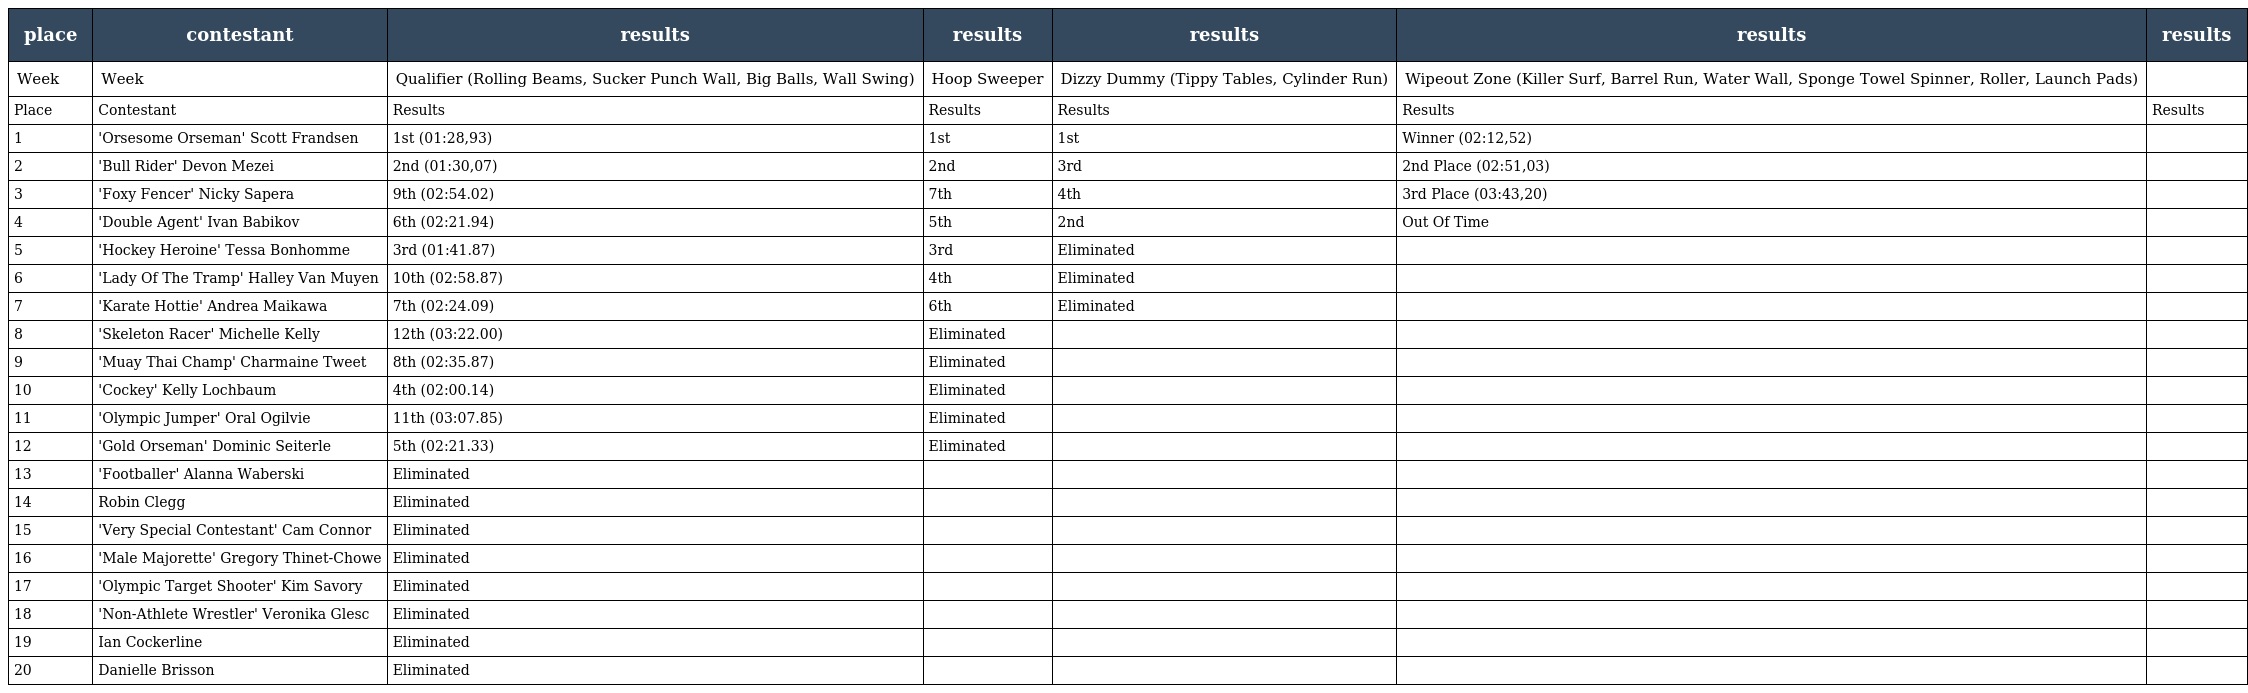
| place | contestant | results | results | results | results | results |
 | --- | --- | --- | --- | --- | --- | --- |
 | Week | Week | Qualifier (Rolling Beams, Sucker Punch Wall, Big Balls, Wall Swing) | Hoop Sweeper | Dizzy Dummy (Tippy Tables, Cylinder Run) | Wipeout Zone (Killer Surf, Barrel Run, Water Wall, Sponge Towel Spinner, Roller, Launch Pads) |  |
 | Place | Contestant | Results | Results | Results | Results | Results |
 | 1 | 'Orsesome Orseman' Scott Frandsen | 1st (01:28,93) | 1st | 1st | Winner (02:12,52) |  |
 | 2 | 'Bull Rider' Devon Mezei | 2nd (01:30,07) | 2nd | 3rd | 2nd Place (02:51,03) |  |
 | 3 | 'Foxy Fencer' Nicky Sapera | 9th (02:54.02) | 7th | 4th | 3rd Place (03:43,20) |  |
 | 4 | 'Double Agent' Ivan Babikov | 6th (02:21.94) | 5th | 2nd | Out Of Time |  |
 | 5 | 'Hockey Heroine' Tessa Bonhomme | 3rd (01:41.87) | 3rd | Eliminated |  |  |
 | 6 | 'Lady Of The Tramp' Halley Van Muyen | 10th (02:58.87) | 4th | Eliminated |  |  |
 | 7 | 'Karate Hottie' Andrea Maikawa | 7th (02:24.09) | 6th | Eliminated |  |  |
 | 8 | 'Skeleton Racer' Michelle Kelly | 12th (03:22.00) | Eliminated |  |  |  |
 | 9 | 'Muay Thai Champ' Charmaine Tweet | 8th (02:35.87) | Eliminated |  |  |  |
 | 10 | 'Cockey' Kelly Lochbaum | 4th (02:00.14) | Eliminated |  |  |  |
 | 11 | 'Olympic Jumper' Oral Ogilvie | 11th (03:07.85) | Eliminated |  |  |  |
 | 12 | 'Gold Orseman' Dominic Seiterle | 5th (02:21.33) | Eliminated |  |  |  |
 | 13 | 'Footballer' Alanna Waberski | Eliminated |  |  |  |  |
 | 14 | Robin Clegg | Eliminated |  |  |  |  |
 | 15 | 'Very Special Contestant' Cam Connor | Eliminated |  |  |  |  |
 | 16 | 'Male Majorette' Gregory Thinet-Chowe | Eliminated |  |  |  |  |
 | 17 | 'Olympic Target Shooter' Kim Savory | Eliminated |  |  |  |  |
 | 18 | 'Non-Athlete Wrestler' Veronika Glesc | Eliminated |  |  |  |  |
 | 19 | Ian Cockerline | Eliminated |  |  |  |  |
 | 20 | Danielle Brisson | Eliminated |  |  |  |  |